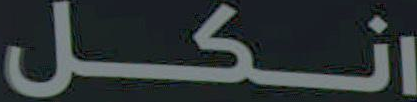
انكل